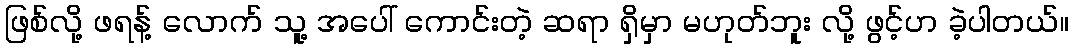
ဖြစ်လို့ ဖရန့် လောက် သူ့ အပေါ် ကောင်းတဲ့ ဆရာ ရှိမှာ မဟုတ်ဘူး လို့ ဖွင့်ဟ ခဲ့ပါတယ်။